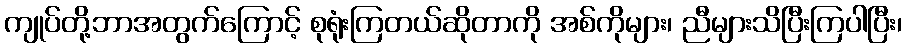
ကျုပ်တို့ဘာအတွက်ကြောင့် စုရုံးကြတယ်ဆိုတာကို အစ်ကိုများ၊ ညီများသိပြီးကြပါပြီး၊